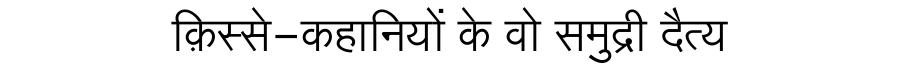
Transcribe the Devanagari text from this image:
क़िस्से-कहानियों के वो समुद्री दैत्य